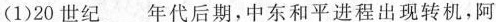
(1)20世纪\underline年代后期，中东和平进程出现转机，阿